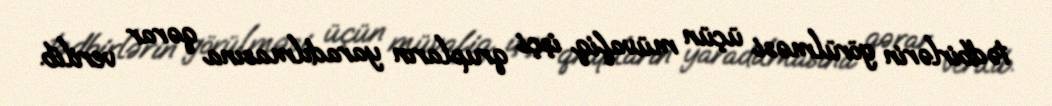
tədbirlərin görülməsi üçün müvafiq işçi qrupların yaradılmasına qərar verilib.